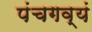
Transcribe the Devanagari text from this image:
पंचगव्यं